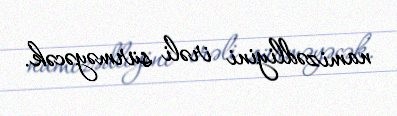
namizədliyini irəli sürməyəcək.